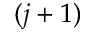
( j + 1 )